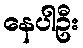
နေပါဦး